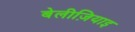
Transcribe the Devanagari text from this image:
बेलीज़ियाइ